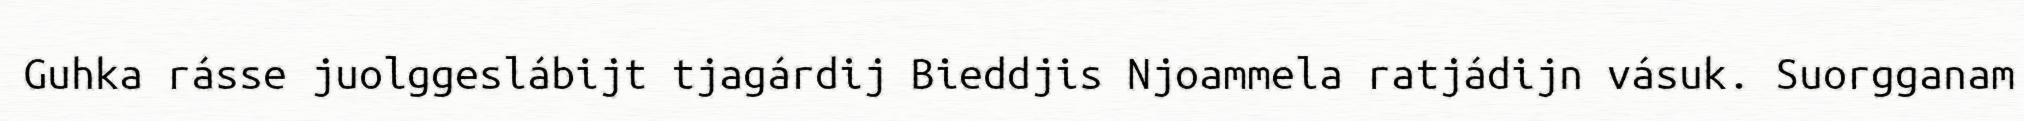
Guhka rásse juolggeslábijt tjagárdij Bieddjis Njoammela ratjádijn vásuk. Suorgganam